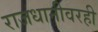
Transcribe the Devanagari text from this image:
राजधानीवरही